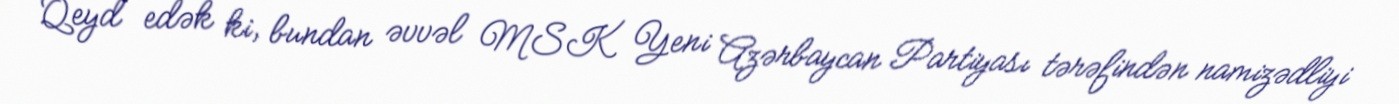
Qeyd edək ki, bundan əvvəl MSK Yeni Azərbaycan Partiyası tərəfindən namizədliyi